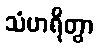
သံဟရိတွာ